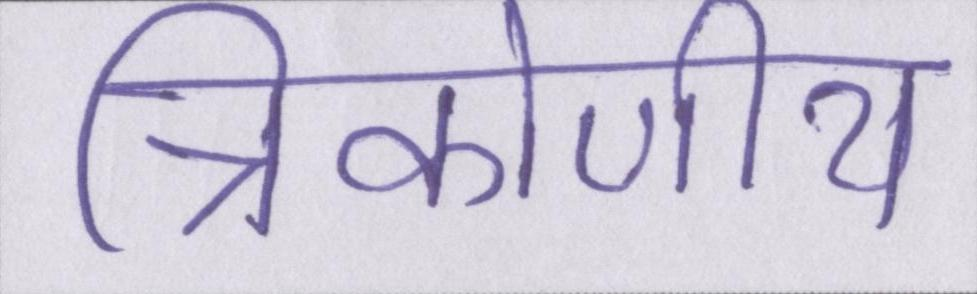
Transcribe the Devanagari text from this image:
त्रिकोणीय